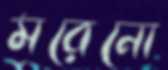
মরেনো